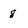
Character: 8